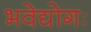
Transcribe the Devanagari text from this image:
भवेद्योगः